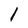
Character: 1